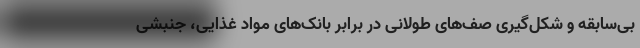
بی‌سابقه و شکل‌گیری صف‌های طولانی در برابر بانک‌های مواد غذایی، جنبشی